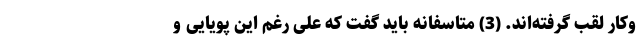
وکار لقب گرفته‌اند. (3) متاسفانه باید گفت که علی رغم این پویایی و